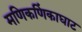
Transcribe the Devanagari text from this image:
मणिकणिंकाघाट